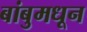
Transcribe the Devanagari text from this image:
बांबुमधून